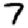
Digit: 7